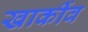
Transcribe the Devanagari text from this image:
खार्कीव